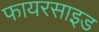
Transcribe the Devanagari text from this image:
फायरसाइड